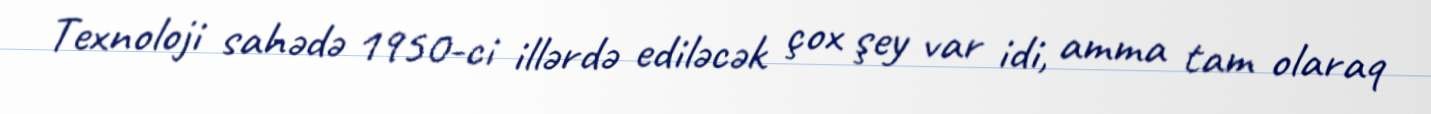
Texnoloji sahədə 1950-ci illərdə ediləcək çox şey var idi, amma tam olaraq